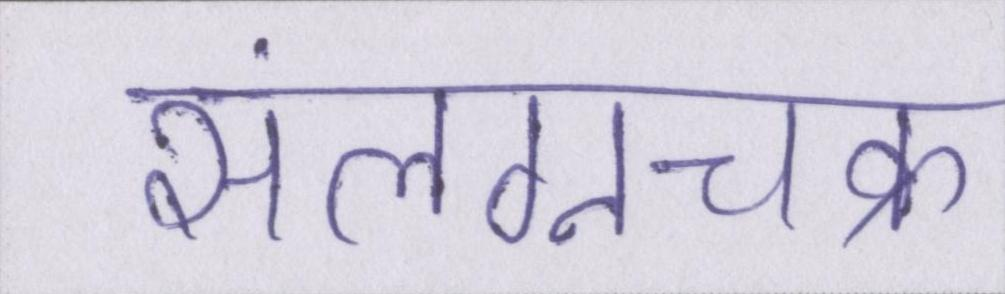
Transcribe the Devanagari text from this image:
संलग्नचक्र